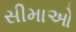
સીમાઓ